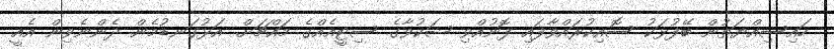
ހައިސިއްޔަތުން ބޭފުޅަކު ސޮއިކުރައްވާފައި ފޮނުއްވި ޝަކުވާގެ ސިޓީއެއްގެ މައްޗަށް. އަޅުގަނޑުމެން ދެންނެވިން އެއީ